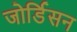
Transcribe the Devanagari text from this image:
जोर्डिसन